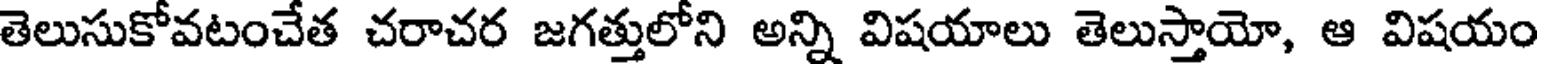
తెలుసుకోవటంచేత చరాచర జగత్తులోని అన్ని విషయాలు తెలుస్తాయో, ఆ విషయం